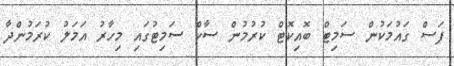
ފަސް ގައުމަކުން ސަމިޓް ބޮއިކޮޓް ކުރުމުން ސާކް ސަމިޓުގައި މިހާރު އަމަލު ކުރަމުންދާ